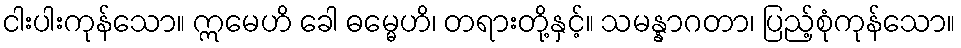
ငါးပါးကုန်သော။ ဣမေဟိ ခေါ ဓမ္မေဟိ၊ တရားတို့နှင့်။ သမန္နာဂတာ၊ ပြည့်စုံကုန်သော။